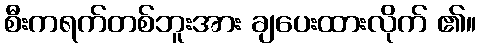
စီးကရက်တစ်ဘူးအား ချပေးထားလိုက် ၏။